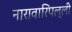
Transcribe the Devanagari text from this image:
नारावारिपल्ली